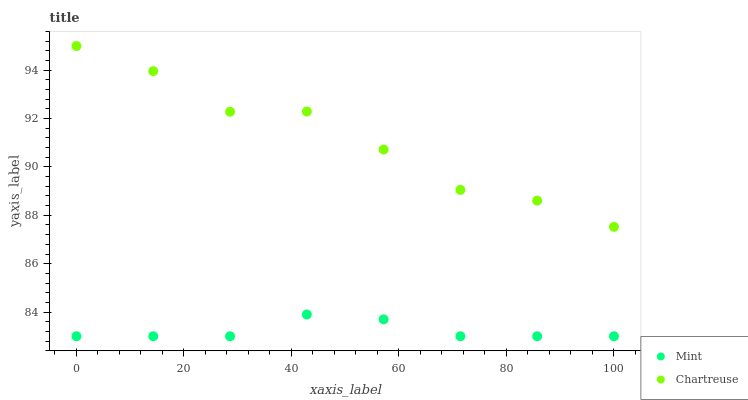
| xaxis_label | Mint | Chartreuse |
 | --- | --- | --- |
 | 0 | 83 | 95 |
 | 14.3 | 83 | 94 |
 | 28.6 | 83 | 92.3 |
 | 42.9 | 83.9 | 92.3 |
 | 57.1 | 83.7 | 90.7 |
 | 71.4 | 83 | 89 |
 | 85.7 | 83 | 88.6 |
 | 100 | 83 | 87.5 |